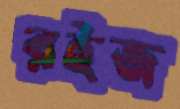
রইজ